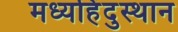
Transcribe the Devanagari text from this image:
मध्यहिंदुस्थान